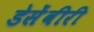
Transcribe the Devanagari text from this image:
डेसेंवीरी